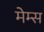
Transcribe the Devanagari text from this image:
मेम्स